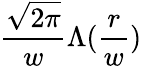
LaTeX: \frac{\sqrt{2\pi}}{w}\Lambda(\frac{r}{w})